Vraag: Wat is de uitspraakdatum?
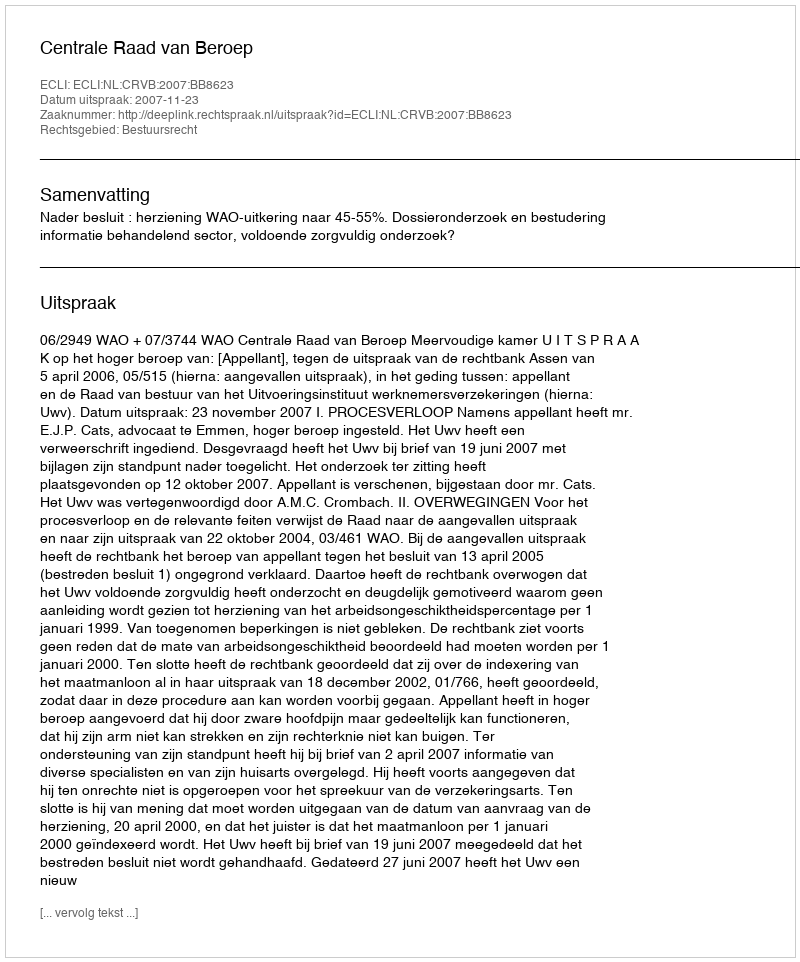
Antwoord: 2007-11-23